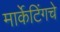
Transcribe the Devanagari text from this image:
मार्केटिंगचे